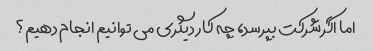
اما اگر شرکت بپرسد، چه کار دیگری می توانیم انجام دهیم؟